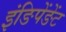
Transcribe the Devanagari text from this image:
इंङिपेंङेंट